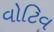
વોટિવ